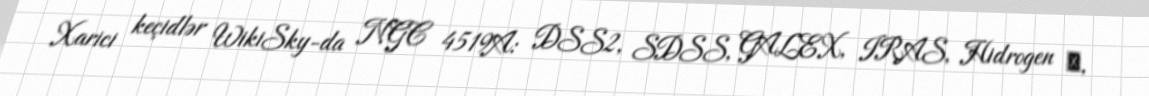
Xarici keçidlər WikiSky-da NGC 4519A: DSS2, SDSS, GALEX, IRAS, Hidrogen α,